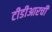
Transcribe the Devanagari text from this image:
टीडीआरची